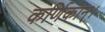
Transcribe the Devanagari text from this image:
कर्णिकान्‌।